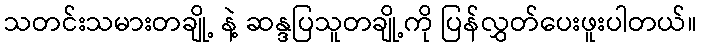
သတင်းသမားတချို့ နဲ့ ဆန္ဒပြသူတချို့ကို ပြန်လွှတ်ပေးဖူးပါတယ်။